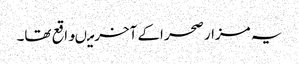
یہ مزار صحر اکے آخرمیںواقع تھا۔